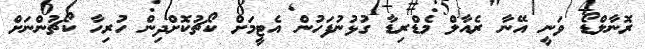
ރޮނާލްޑޯ ވަނީ އޭނާ ރެއާލް މެޑްރިޑާ ގުޅުނުފަހުން އެޓީމަށް ކޯޗުކޮށްދިން ހުރިހާ ކޯޗުންނަށް